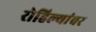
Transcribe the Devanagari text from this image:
रोहिल्यांवर